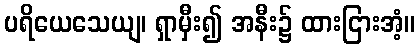
ပရိယေသေယျ၊ ရှာမှီး၍ အနီး၌ ထားငြားအံ့။